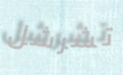
تشرشل